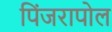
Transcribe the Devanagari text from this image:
पिंजरापोल